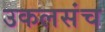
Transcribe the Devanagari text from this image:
उकलसंच